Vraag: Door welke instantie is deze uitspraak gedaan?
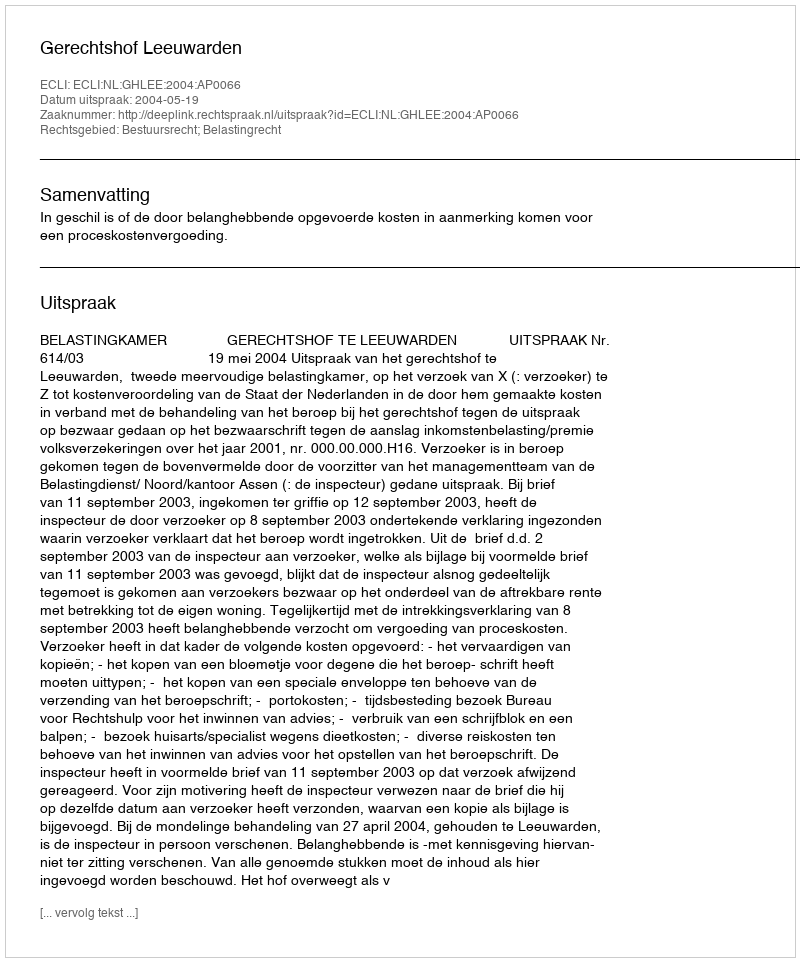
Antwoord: Gerechtshof Leeuwarden